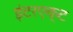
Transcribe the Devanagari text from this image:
इंटरएक्ट